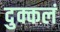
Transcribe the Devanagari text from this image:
दुक्कलं